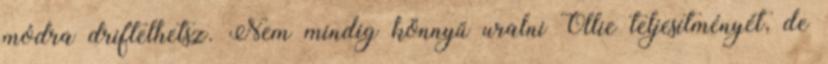
módra driftelhetsz. Nem mindig könnyű uralni Ollie teljesítményét, de